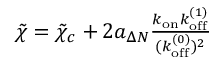
\begin{array} { r } { \tilde { \chi } = \tilde { \chi } _ { c } + 2 a _ { \Delta N } \frac { k _ { \mathrm { o n } } k _ { \mathrm { o f f } } ^ { ( 1 ) } } { ( k _ { \mathrm { o f f } } ^ { ( 0 ) } ) ^ { 2 } } } \end{array}